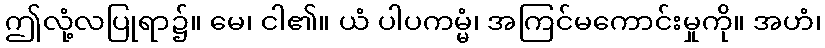
ဤလုံ့လပြုရာ၌။ မေ၊ ငါ၏။ ယံ ပါပကမ္မံ၊ အကြင်မကောင်းမှုကို။ အဟံ၊